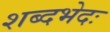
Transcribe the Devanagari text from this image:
शब्दभेदः